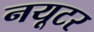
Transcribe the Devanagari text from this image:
नयूटर